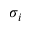
\sigma _ { i }